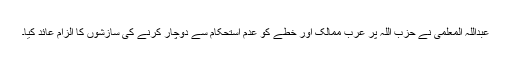
عبداللہ المعلمی نے حزب اللہ پر عرب ممالک اور خطے کو عدم استحکام سے دوچار کرنے کی سازشوں کا الزام عائد کیا۔